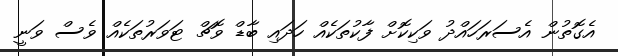
އެގޮތުން އެސަރަހައްދު ވަކިކޮށް ފާކުތަކެއް ހަދައި ބާޑް ވޮޗް ޓަވަރުތަކެއް ވެސް ވަނީ